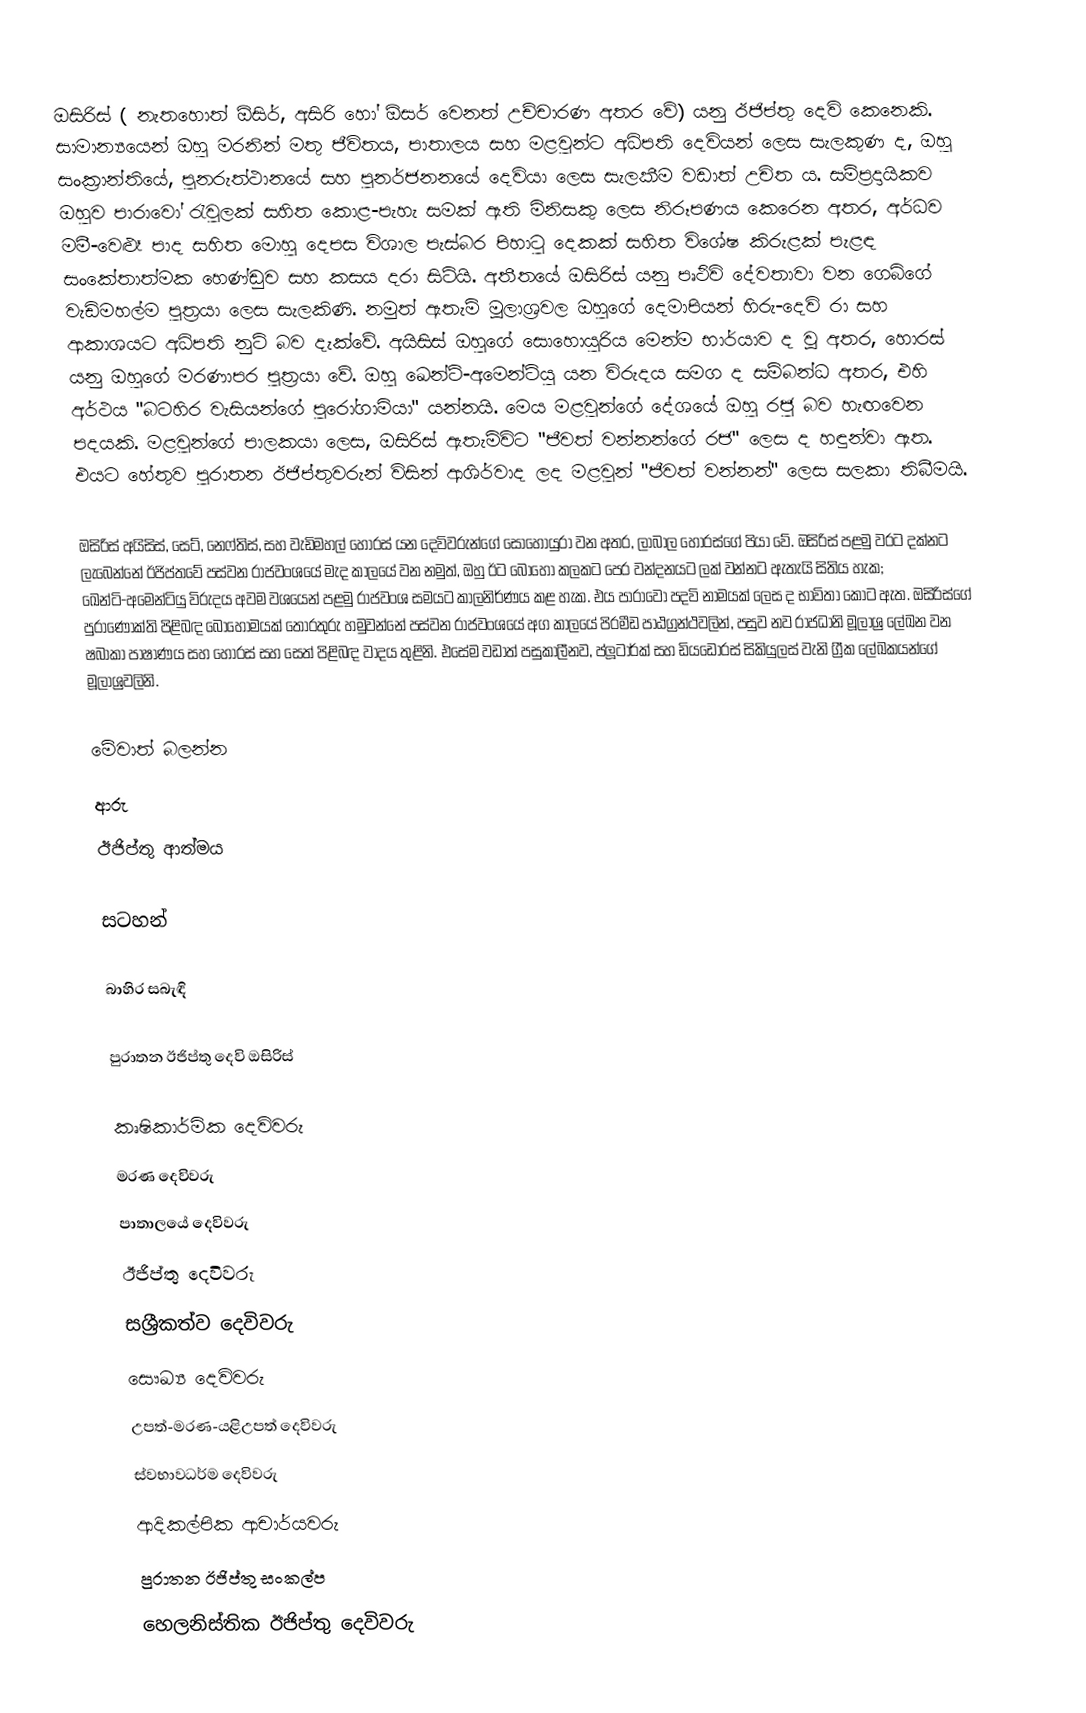
ඔසිරිස් ( නැතහොත් ඕසිර්, අසිරි හෝ ඕසර් වෙනත් උච්චාරණ අතර වේ) යනු ඊජිප්තු දෙවි කෙනෙකි. සාමාන්‍යයෙන් ඔහු මරනින් මතු ජීවිතය, පාතාලය සහ මළවුන්ට අධිපති දෙවියන් ලෙස සැලකුණ ද, ඔහු සංක්‍රාන්තියේ, පුනරුත්ථානයේ සහ පුනර්ජනනයේ දෙවියා ලෙස සැලකීම වඩාත් උචිත ය. සම්ප්‍රදායිකව ඔහුව පාරාවෝ රැවුලක් සහිත කොළ-පැහැ සමක් ඇති මිනිසකු ලෙස නිරූපණය කෙරෙන අතර, අර්ධව මමී-වෙළූ පාද සහිත මොහු දෙපස විශාල පැස්බර පිහාටු දෙකක් සහිත විශේෂ කිරුළක් පැළඳ සංකේතාත්මක හෙණ්ඩුව සහ කසය දරා සිටියි. අතීතයේ ඔසිරිස් යනු පෘථිවි දේවතාවා වන ගෙබ්ගේ වැඩිමහල්ම පුත්‍රයා ලෙස සැලකිණි. නමුත් ඇතැම් මූලාශ්‍රවල ඔහුගේ දෙමාපියන් හිරු-දෙවි රා සහ ආකාශයට අධිපති නුට් බව දැක්වේ. අයිසිස් ඔහුගේ සොහොයුරිය මෙන්ම භාර්යාව ද වූ අතර, හොරස් යනු ඔහුගේ මරණාපර පුත්‍රයා වේ. ඔහු ඛෙන්ටි-අමෙන්ටියු යන විරුදය සමග ද සම්බන්ධ අතර, එහි අර්ථය "බටහිර වැසියන්ගේ පුරෝගාමියා" යන්නයි. මෙය මළවුන්ගේ දේශයේ ඔහු රජු බව හැඟවෙන පදයකි. මළවුන්ගේ පාලකයා ලෙස, ඔසිරිස් ඇතැම්විට "ජීවත් වන්නන්ගේ රජ" ලෙස ද හඳුන්වා ඇත. එයට හේතුව පුරාතන ඊජිප්තුවරුන් විසින් ආශිර්වාද ලද මළවුන් "ජීවත් වන්නන්" ලෙස සලකා තිබීමයි.

ඔසිරිස් අයිසිස්, සෙට්, නෙෆ්තිස්, සහ වැඩිමහල් හොරස් යන දෙවිවරුන්ගේ සොහොයුරා වන අතර, ලාබාල හොරස්ගේ පියා වේ. ඔසිරිස් පළමු වරට දක්නට ලැබෙන්නේ ඊජිප්තවේ පස්වන රාජවංශයේ මැද කාලයේ වන නමුත්, ඔහු ඊට බොහෝ කලකට පෙර වන්දනයට ලක් වන්නට ඇතැයි සිතිය හැක; ඛෙන්ටි-අමෙන්ටියු විරුදය අවම වශයෙන් පළමු රාජවංශ සමයට කාලනිර්ණය කළ හැක. එය පාරාවෝ පදවි නාමයක් ලෙස ද භාවිතා කොට ඇත. ඔසිරිස්ගේ පුරාණෝක්ති පිළිබඳ බොහෝමයක් තොරතුරු හමුවන්නේ පස්වන රාජවංශයේ අග කාලයේ පිරමීඩ පාඨග්‍රන්ථවලින්, පසුව නව රාජධානි මූලාශ්‍ර ලේඛන වන ෂබාකා පාෂාණය සහ හොරස් සහ සෙත් පිළිබඳ වාදය තුළිනි. එසේම වඩාත් පසුකාලීනව, ප්ලූටාර්ක් සහ ඩියඩෝරස් සිකියුලස් වැනි ග්‍රීක ලේඛකයන්ගේ මූලාශ්‍රවලිනි.

මේවාත් බලන්න
 ආරු
 ඊජිප්තු ආත්මය

සටහන්

බාහිර සබැඳි

 පුරාතන ඊජිප්තු දෙවි ඔසිරිස්

කෘෂිකාර්මික දෙවිවරු
මරණ දෙවිවරු
පාතාලයේ දෙවිවරු
ඊජිප්තු දෙවිවරු
සශ්‍රීකත්ව දෙවිවරු
සෞඛ්‍ය දෙවිවරු
උපත්-මරණ-යළිඋපත් දෙවිවරු
ස්වභාවධර්ම දෙවිවරු
ආදිකල්පික ආචාර්යවරු
පුරාතන ඊජිප්තු සංකල්ප
හෙලනිස්තික ඊජිප්තු දෙවිවරු